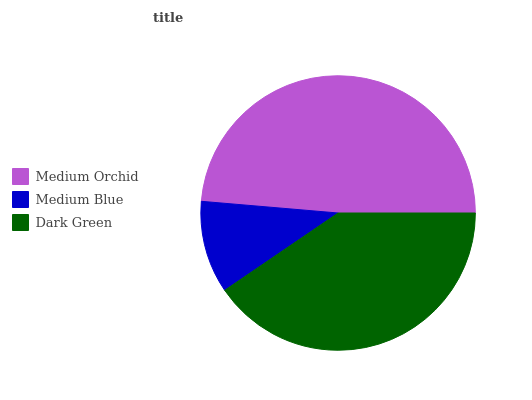
| Medium Orchid | Medium Blue | Dark Green |
 | --- | --- | --- |
 | 48.7% | 10.9% | 40.4% |